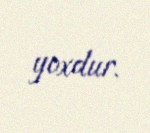
yoxdur.